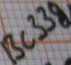
Text: BC338